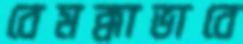
বেমক্কাভাবে